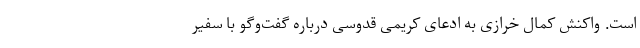
است. واکنش کمال خرازی به ادعای کریمی قدوسی درباره گفت‌وگو با سفیر